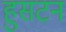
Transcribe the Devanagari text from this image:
हुसटन